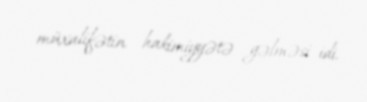
müxalifətin hakimiyyətə gəlməsi idi.